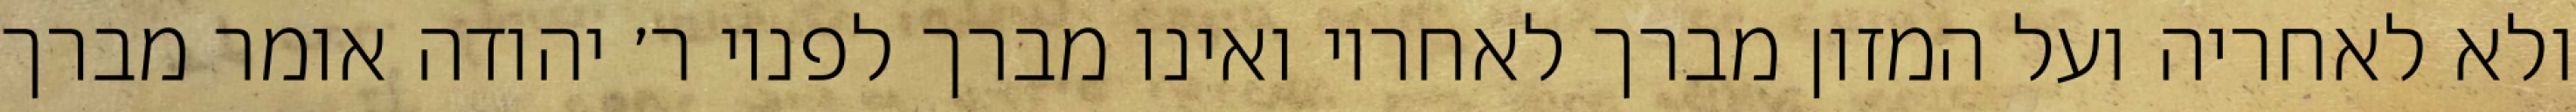
ולא לאחריה ועל המזון מברך לאחריו ואינו מברך לפניו ר׳ יהודה אומר מברך